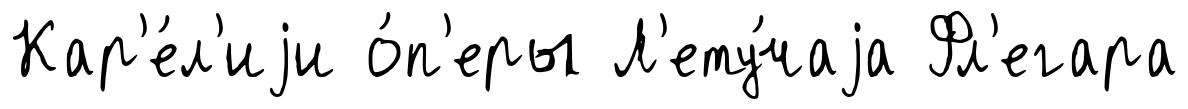
Кар'е́л'иjи о́п'еры Л'ету́чаjа Фл'егара